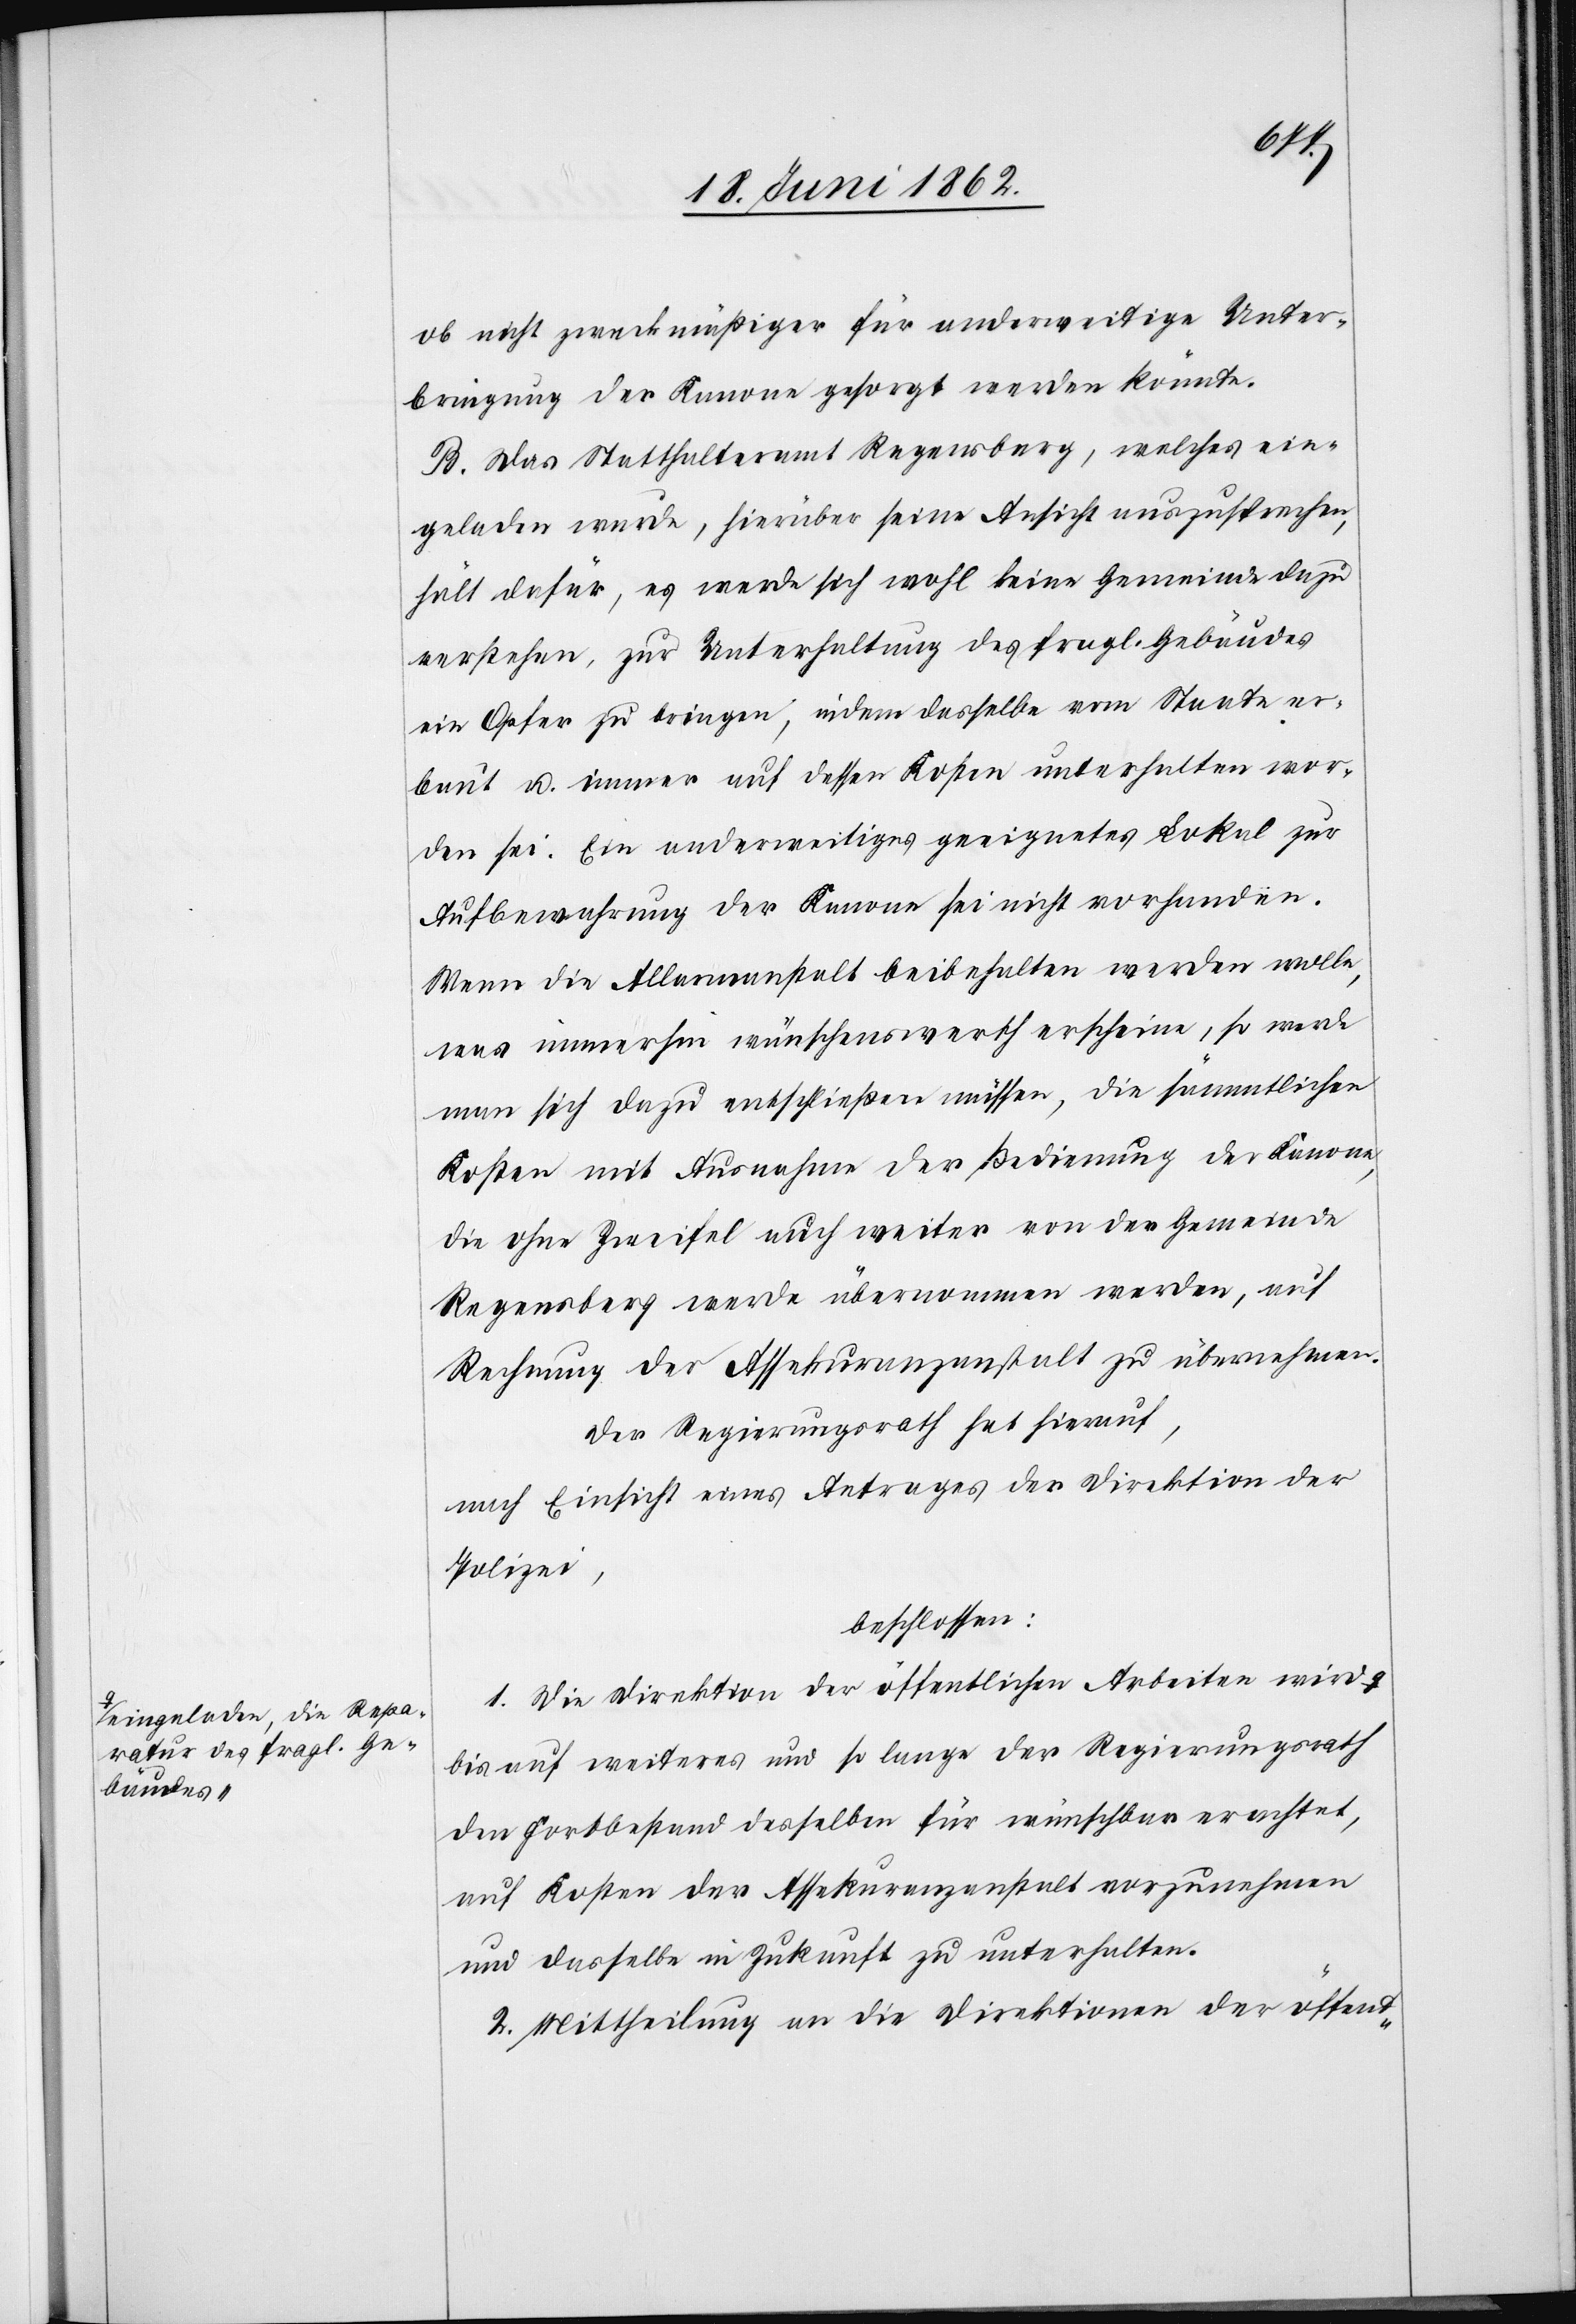
a-eingeladen, die Repa¬
ratur des fragl. Ge¬
bäudes-a

ob nicht zweckmäßiger für anderweitige Unter¬
bringung der Kanone gesorgt werden könnte.
B. Das Statthalteramt Regensberg, welches ein¬
geladen wurde, hierüber seine Ansicht auszusprechen,
hält dafür, es werde sich wohl keine Gemeinde dazu
verstehen, zur Unterhaltung des fragl. Gebäudes
ein Opfer zu bringen, indem dasselbe vom Staate er¬
baut u. immer auf dessen Kosten unerhalten wor¬
den sei. Ein anderweitiges geeignetes Lokal zur
Aufbewahrung der Kanone sei nicht vorhanden.
Wenn die Allarmanstalt beibehalten werden wolle,
was immerhin wünschenswerth erscheine, so werde
man sich dazu entschließen müssen, die sämmtlichen
Kosten mit Ausnahme der Bedienung der Kanone,
die ohne Zweifel auch weiter von der Gemeinde
Regensberg werde übernommen werden, auf
Rechnung der Assekuranzanstalt zu übernehmen.
Der Regierungsrath hat hierauf,
nach Einsicht eines Antrages der Direktion der
Polizei,
beschlossen:
1. Die Direktion der öffentlichen Arbeiten wird
bis auf weiteres und so lange der Regierungsrath
den Fortbestand desselben für wünschbar erachtet,
auf Kosten der Assekuranzanstalt vorzunehmen
und dasselbe in Zukunft zu unterhalten.
2. Mittheilung an die Direktionen der öffent-